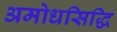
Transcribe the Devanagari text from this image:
अमोधसिद्धि